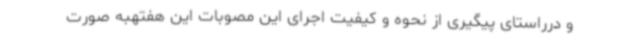
و درراستای پیگیری از نحوه و کیفیت اجرای این مصوبات این هفتهبه صورت